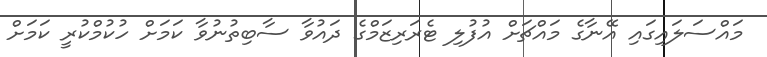
މައްސަލައިގައި އޭނާގެ މައްޗަށް އުފުލި ޓެރަރިޒަމްގެ ދައުވާ ސާބިތުނުވާ ކަމަށް ހުކުމްކުރީ ކަމަށް